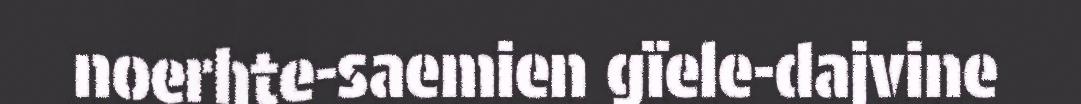
noerhte-saemien gïele-dajvine